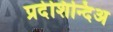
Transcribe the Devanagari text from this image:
प्रदेशिन्दिअ